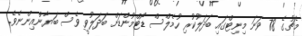
މެޗުގެ 78 ވަނަ މިނިޓްގައި ބަދަލުކުރި ހުމެލްސް ޑޯޓްމުންޑަށް ބަދަލުވީ ވެސް ބަޔާންއިންނެވެ.